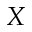
X